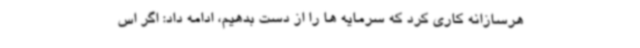
هرسازانه کاری کرد که سرمایه ها را از دست بدهیم، ادامه داد: اگر اس